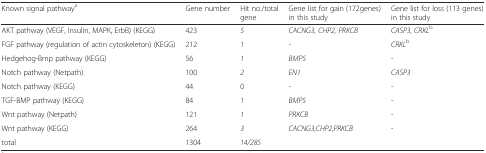
| Known signal pathwaya | Gene number | Hit no./total gene | Gene list for gain (172genes) in this study | Gene list for loss (113 genes) in this study |
 | --- | --- | --- | --- | --- |
 | AKT pathway (VEGF, Insulin, MAPK, ErbB) (KEGG) | 423 | 5 | CACNG3, CHP2, PRKCB | CASP3, CRKLb |
 | FGF pathway (regulation of actin cytoskeleton) (KEGG) | 212 | 1 | - | CRKLb |
 | Hedgehog-Bmp pathway (KEGG) | 56 | 1 | BMP5 | - |
 | Notch pathway (Netpath) | 100 | 2 | EN1 | CASP3 |
 | Notch pathway (KEGG) | 44 | 0 | - | - |
 | TGF-BMP pathway (KEGG) | 84 | 1 | BMP5 | - |
 | Wnt pathway (Netpath) | 121 | 1 | PRKCB | - |
 | Wnt pathway (KEGG) | 264 | 3 | CACNG3,CHP2,PRKCB | - |
 | total | 1304 | 14/285 |  |  |